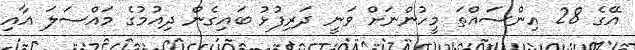
އޭގެ 28 އިންސައްތަ މީހުންނަށް ވަނީ ދަރިފުޅު ބައިގެން ދިއުމުގެ މައްސަލަ އާއި